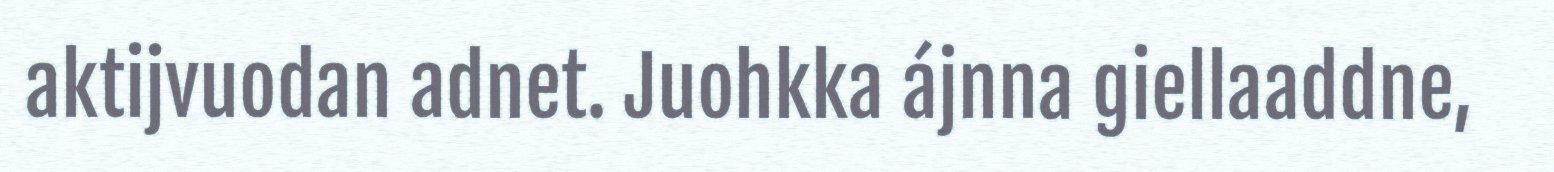
aktijvuodan adnet. Juohkka ájnna giellaaddne,